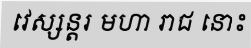
វេស្សន្តរ មហា រាជ នោះ